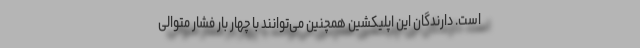
است. دارندگان این اپلیکشین همچنین می‌توانند با چهار بار فشار متوالی